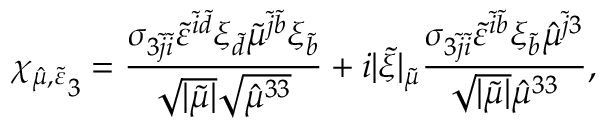
{ \chi _ { \hat { \mu } , \tilde { \varepsilon } } } _ { 3 } = \frac { \sigma _ { 3 \tilde { j } \tilde { i } } \tilde { \varepsilon } ^ { \tilde { i } \tilde { d } } \xi _ { \tilde { d } } \tilde { \mu } ^ { \tilde { j } \tilde { b } } \xi _ { \tilde { b } } } { \sqrt { \lvert \tilde { \mu } \rvert } \sqrt { \hat { \mu } ^ { 3 3 } } } + i \lvert \tilde { \xi } \rvert _ { \tilde { \mu } } \frac { \sigma _ { 3 \tilde { j } \tilde { i } } \tilde { \varepsilon } ^ { \tilde { i } \tilde { b } } \xi _ { \tilde { b } } \hat { \mu } ^ { \tilde { j } 3 } } { \sqrt { \lvert \tilde { \mu } \rvert } \hat { \mu } ^ { 3 3 } } ,